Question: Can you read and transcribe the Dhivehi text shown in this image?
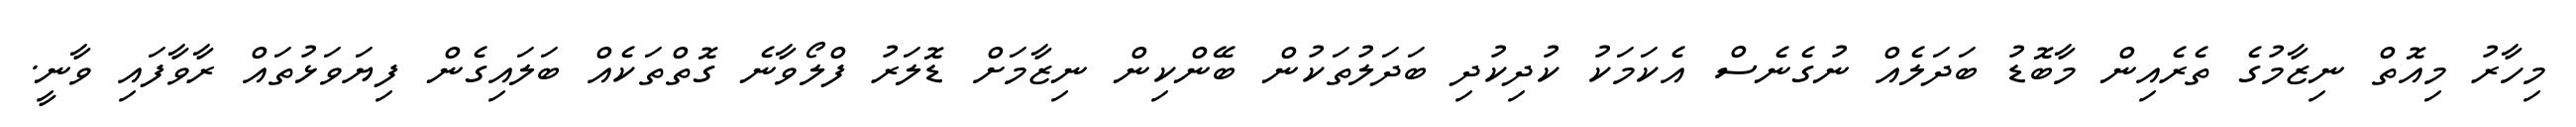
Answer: މިހާރު މިއޮތް ނިޒާމުގެ ތެރެއިން މާބޮޑު ބަދަލެއް ނުގެނެސް އެކަމަކު ކުދިކުދި ބަދަލުތަކުން ބޭންކިން ނިޒާމަށް ޑޮލަރު ފްލޯވާނެ ގޮތްތަކެއް ބަލައިގެން ފިޔަވަޅުތައް ރާވާފައި ވާނީ.